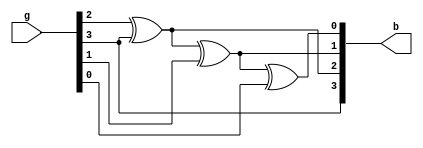
module Gray_to_Binary(b, g);
	input [3:0] g;
	output [3:0] b;
	
	buf(b[3], g[3]);
	xor(b[2], g[2], g[3]);
	xor(b[1], b[2], g[1]);
	xor(b[0], b[1], g[0]);
endmodule

module Gray_to_Binary_tb;
	reg [3:0] Gray;
	wire [3:0] Binary;

	Gray_to_Binary g2b(.b(Binary), .g(Gray));

	initial begin
		Gray = 4'b0000; #50;
		Gray = 4'b0001; #50;
		Gray = 4'b0010; #50;
		Gray = 4'b0011; #50;
		Gray = 4'b0100; #50;
		Gray = 4'b0101; #50;
		Gray = 4'b0110; #50;
		Gray = 4'b0111; #50;
		Gray = 4'b1000; #50;
		Gray = 4'b1001; #50;
		Gray = 4'b1010; #50;
		Gray = 4'b1011; #50;
		Gray = 4'b1100; #50;
		Gray = 4'b1101; #50;
		Gray = 4'b1110; #50;
		Gray = 4'b1111; #50;
	end
endmodule